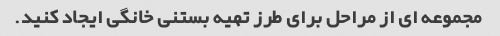
مجموعه ای از مراحل برای طرز تهیه بستنی خانگی ایجاد کنید.